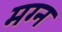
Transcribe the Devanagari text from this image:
मग्‍न